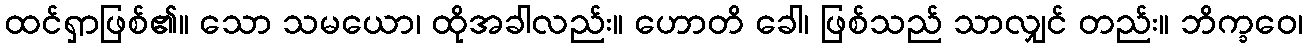
ထင်ရှာဖြစ်၏။ သော သမယော၊ ထိုအခါလည်း။ ဟောတိ ခေါ၊ ဖြစ်သည် သာလျှင် တည်း။ ဘိက္ခဝေ၊